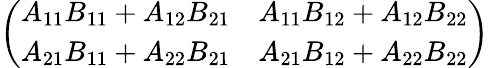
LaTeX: \left(\begin{array}{ll}{A_{11}B_{11}+A_{12}B_{21}}&{A_{11}B_{12}+A_{12}B_{22}}\\ {A_{21}B_{11}+A_{22}B_{21}}&{A_{21}B_{12}+A_{22}B_{22}}\end{array}\right)